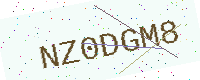
Text: NZ0DGM8